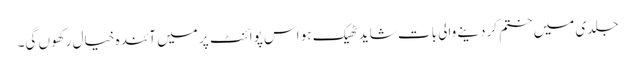
جلدی میں ختم کردینے والی بات شاید ٹھیک ہو اس پوائنٹ پر میں آئندہ خیال رکھوں گی۔